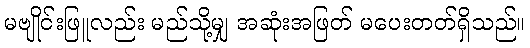
မဗျိုင်းဖြူလည်း မည်သို့မျှ အဆုံးအဖြတ် မပေးတတ်ရှိသည်။